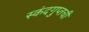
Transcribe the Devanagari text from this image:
स्कंदगुप्तची